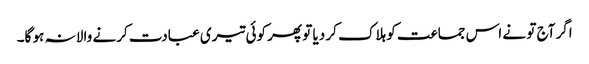
اگر آج تو نے اس جماعت کو ہلاک کر دیا تو پھر کوئی تیری عبادت کرنے والا نہ ہو گا۔